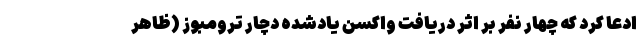
ادعا کرد که چهار نفر بر اثر دریافت واکسن یادشده دچار ترومبوز (ظاهر